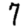
Digit: 7